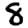
Digit: 8